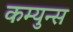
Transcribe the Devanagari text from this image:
कम्युन्स